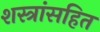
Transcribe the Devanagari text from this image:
शस्त्रांसहित